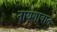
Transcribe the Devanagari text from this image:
नायगावात